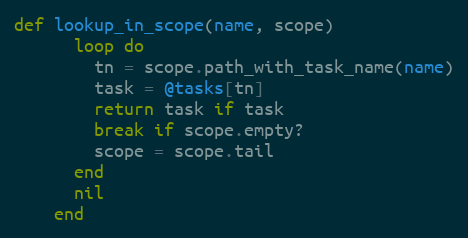
Language: Ruby
def lookup_in_scope(name, scope)
      loop do
        tn = scope.path_with_task_name(name)
        task = @tasks[tn]
        return task if task
        break if scope.empty?
        scope = scope.tail
      end
      nil
    end